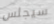
سيجلس